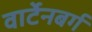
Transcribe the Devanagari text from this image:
वार्टेनबर्ग